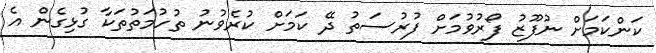
ކަންކަމަށް ނުފޫޒު ފޯރުވުމަށް ފުރުސަތު ދޭ ކަމަށް ކުރެވުނު ތުހުމަތުތަކާ ގުޅިގެން އެ